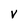
Character: v